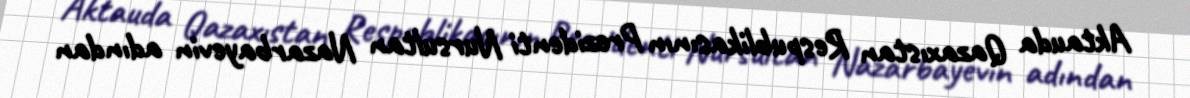
Aktauda Qazaxıstan Respublikasının Prezidenti Nursultan Nazarbayevin adından